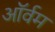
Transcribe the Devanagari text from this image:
ऑर्वम